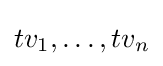
tv_{1},\dots ,tv_{n}